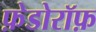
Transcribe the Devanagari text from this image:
फ़ेडोरॉफ़